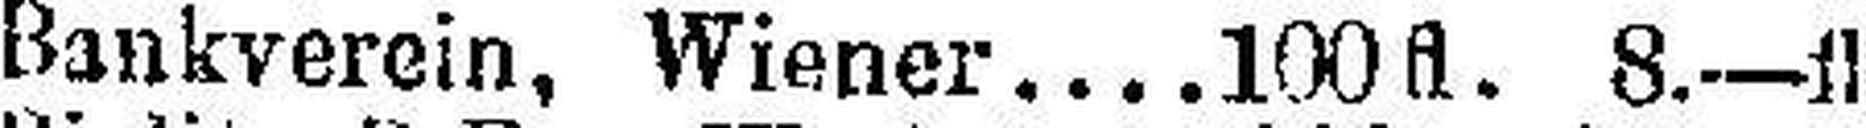
Bankverein, Wiener 100 fl. 8-—fl.